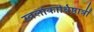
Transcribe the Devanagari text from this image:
स्वर्लोकाधिष्ठात्रीं